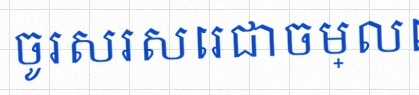
ចូរសរសេរជាចម្លើយ